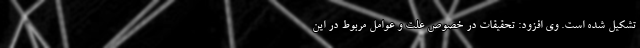
تشکیل شده است. وی افزود: تحقیقات در خصوص علت و عوامل مربوط در این